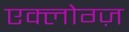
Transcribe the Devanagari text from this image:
एक्लोग्ज़